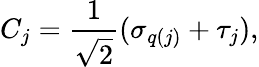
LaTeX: C_{j}=\frac{1}{\sqrt{2}}(\sigma_{q(j)}+\tau_{j}),